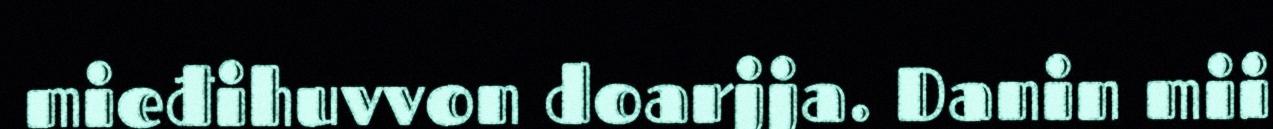
mieđihuvvon doarjja. Danin mii